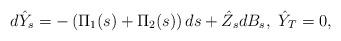
LaTeX: \begin{align*}d\hat{Y}_{s}= -\left( \Pi_{1}(s)+\Pi_{2}(s)\right)ds+\hat{Z}_{s}dB_{s},\ \hat{Y}_{T}= 0,\end{align*}